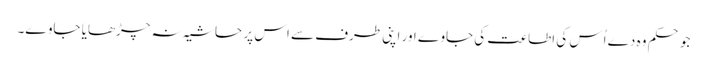
جو حکم وہ دے اُس کی اطاعت کی جاوے اور اپنی طرف سے اس پر حاشیہ نہ چڑھایا جاوے۔